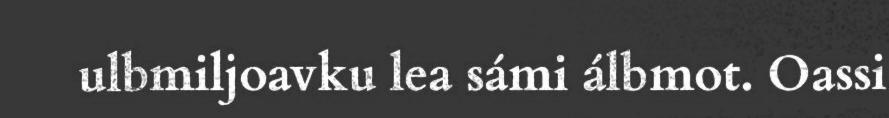
ulbmiljoavku lea sámi álbmot. Oassi